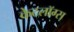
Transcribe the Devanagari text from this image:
केटलॉग्स